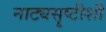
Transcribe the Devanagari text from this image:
नाट्यसॄष्टीशी